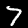
Label: 7